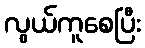
လွယ်ကူစေပြီး